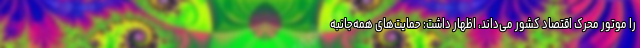
را موتور محرک اقتصاد کشور می‌داند، اظهار داشت: حمایت‌های همه‌جانبه